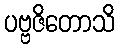
ပဗ္ဗဇိတောသိ